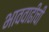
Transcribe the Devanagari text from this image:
भाववाढीची